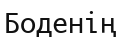
Боденің